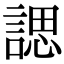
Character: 諰